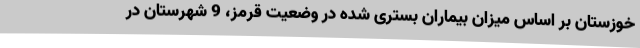
خوزستان بر اساس میزان بیماران بستری شده در وضعیت قرمز، 9 شهرستان در